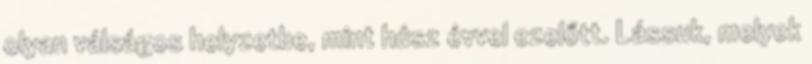
olyan válságos helyzetbe, mint húsz évvel ezelőtt. Lássuk, melyek